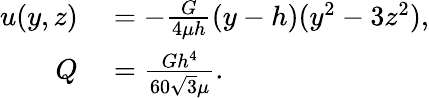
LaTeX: \begin{array}{rl}{u(y,z)}&{{}=-{\frac{G}{4\mu h}}(y-h)(y^{2}-3z^{2}),}\\ {Q}&{{}={\frac{Gh^{4}}{60{\sqrt{3}}\mu}}.}\end{array}